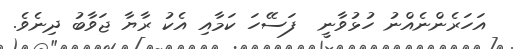
އަހަރެންނެއްނު ހުޅުވާނީ  ފަސޭހަ ކަމާއި އެކު ރާޔާ ޖަވާބު ދިނެވެ.